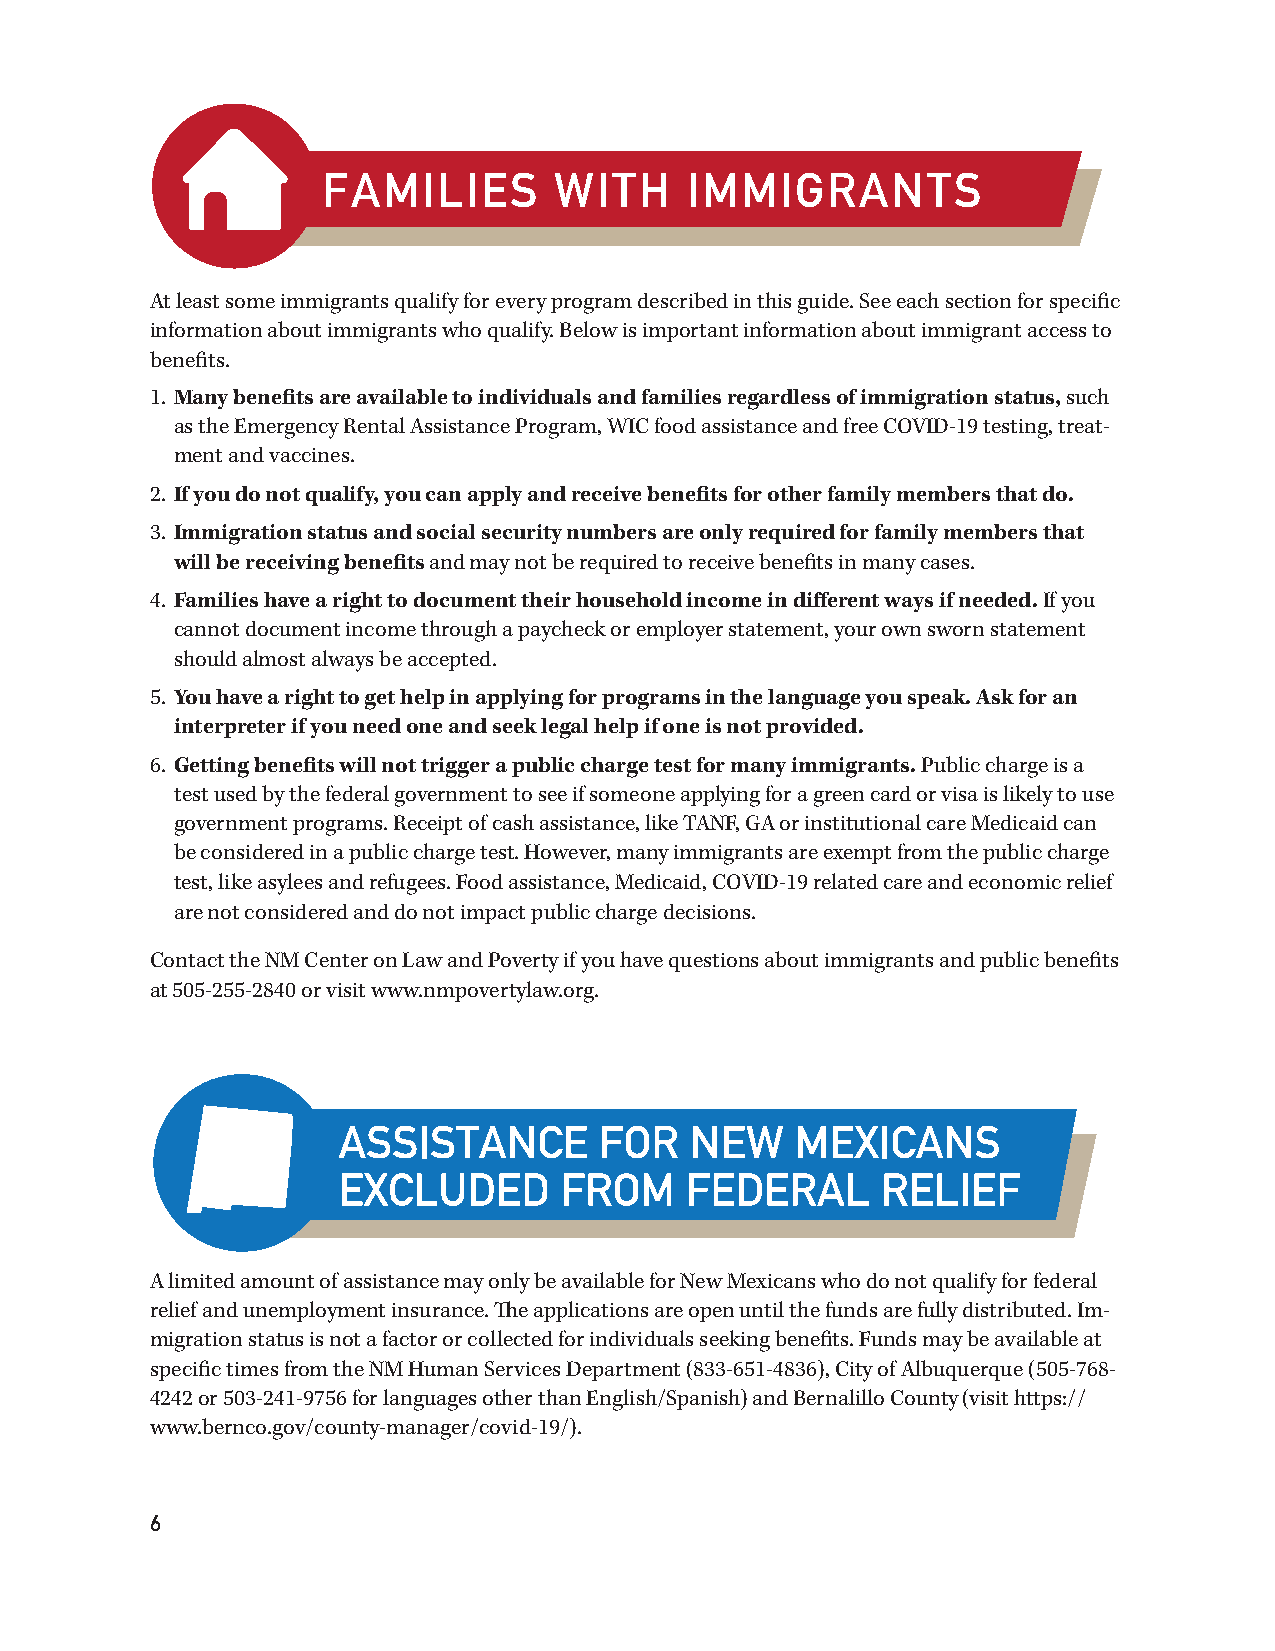
FAMILIES        WITH     IMMIGRANTS
 At least some immigrants qualify for every program described in this guide. See each section for specific
 information about immigrants who qualify. Below is important information about immigrant access to
 benefits.
 1. Many benefits are available to individuals and families regardless of immigration status, such
 as the Emergency Rental Assistance Program, WIC food assistance and free COVID-19 testing, treat-
 ment and vaccines.
 2. If you do not qualify, you can apply and receive benefits for other family members that do.
 3. Immigration status and social security numbers are only required for family members that
 will be receiving benefits and may not be required to receive benefits in many cases.
 4. Families have a right to document their household income in different ways if needed. If you
 cannot document income through a paycheck or employer statement, your own sworn statement
 should almost always be accepted.
 5. You have a right to get help in applying for programs in the language you speak. Ask for an
 interpreter if you need one and seek legal help if one is not provided.
 6. Getting benefits will not trigger a public charge test for many immigrants. Public charge is a
 test used by the federal government to see if someone applying for a green card or visa is likely to use
 government programs. Receipt of cash assistance, like TANF, GA or institutional care Medicaid can
 be considered in a public charge test. However, many immigrants are exempt from the public charge
 test, like asylees and refugees. Food assistance, Medicaid, COVID-19 related care and economic relief
 are not considered and do not impact public charge decisions.
 Contact the NM Center on Law and Poverty if you have questions about immigrants and public benefits
 at 505-255-2840 or visit www.nmpovertylaw.org.
 A limited amount of assistance may only be available for New Mexicans who do not qualify for federal
 relief and unemployment insurance. The applications are open until the funds are fully distributed. Im-
 migration status is not a factor or collected for individuals seeking benefits. Funds may be available at
 specific times from the NM Human Services Department (833-651-4836), City of Albuquerque (505-768-
 4242 or 503-241-9756 for languages other than English/Spanish) and Bernalillo County (visit https://
 www.bernco.gov/county-manager/covid-19/).
 6